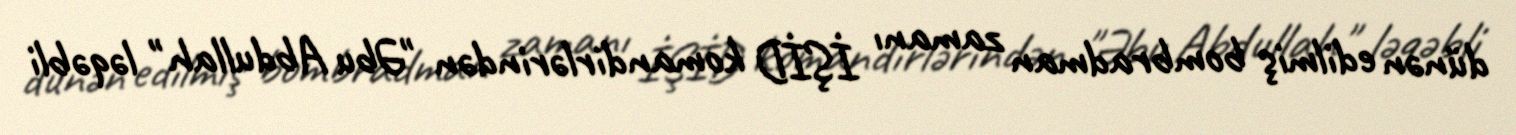
dünən edilmiş bombradman zamanı İŞİD komandirlərindən "Əbu Abdullah" ləqəbli